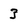
Character: 3